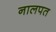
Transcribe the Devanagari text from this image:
नालपत